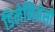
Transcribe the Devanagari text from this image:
डिलेनिअेसी